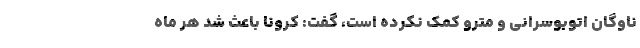
ناوگان اتوبوسرانی و مترو کمک نکرده است، گفت: کرونا باعث شد هر ماه